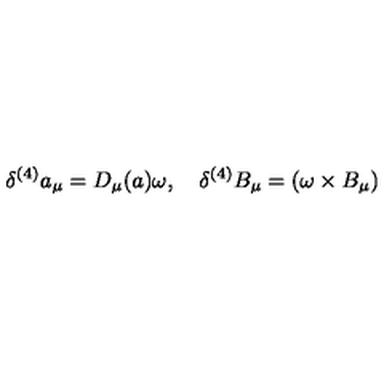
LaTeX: \delta ^ { ( 4 ) } a _ { \mu } = D _ { \mu } ( a ) \omega , \quad \delta ^ { ( 4 ) } B _ { \mu } = ( \omega \times B _ { \mu } )